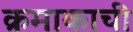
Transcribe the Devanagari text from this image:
क्रमाकाची